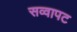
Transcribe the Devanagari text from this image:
सव्वापट